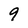
Character: 9